Scientific memoirs by medical officers of the Army of India - Part XII,
Year: 1901
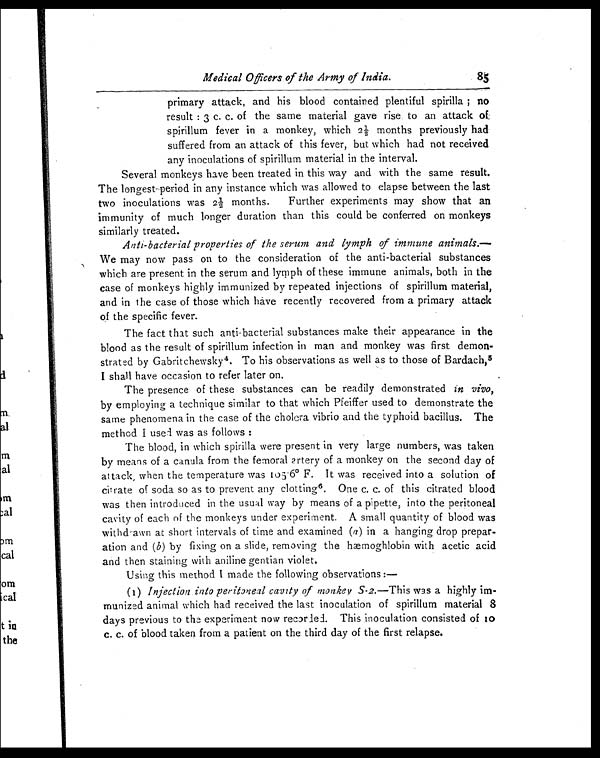
Medi cal Offi cers of the Army of Indi a. 8 5
primary attack, and his blood contained plentiful spirilla; no
result : 3 c. c. of the same material gave rise to an attack of
spirillum fever in a monkey, which 2½ months previously had
suffered from an attack of this fever, but which had not received
any inoculations of spirillum material in the interval.
Several monkeys have been treated in this way and with the same result.
The longest period in any instance which was allowed to elapse between the last
two inoculations was 2½ months. Further experiments may show that an
immunity of much longer duration than this could be conferred on monkeys
similarly treated.
Anti-bacterial properties of the serum and lymph of immune animals. —
We may now pass on to the consideration of the anti-bacterial substances
which are present in the serum and lymph of these immune animals, both in the
case of monkeys highly immunized by repeated injections of spirillum material,
and in the case of those which have recently recovered from a primary attack
of the specific fever.
The fact that such anti-bacterial substances make their appearance in the
blood as the result of spirillum infection in man and monkey was first demon-
strated by Gabritchewsky 4 . To his observations as well as to those of Bardach, 5
I shall have occasion to refer later on.
The presence of these substances can be readily demonstrated in vivo,
by employing a technique similar to that which Pfeiffer used to demonstrate the
same phenomena in the case of the cholera vibrio and the typhoid bacillus. The
method I used was as follows :
The blood, in which spirilla were present in very large numbers, was taken
by means of a canula from the femoral artery of a monkey on the second day of
attack, when the temperature was 105.6º F. It was received into a solution of
citrate of soda so as to prevent any clotting 6. One c. c. of this citrated blood
was then introduced in the usual way by means of a pipette, into the peritoneal
cavity of each of the monkeys under experiment. A small quantity of blood was
withdrawn at short intervals of time and examined ( a ) in a hanging drop prepar-
ation and ( b ) by fixing on a slide, removing the hæmoghlobin with acetic acid
and then staining with aniline gentian violet.
Using this method I made the following observations:—
(1) Injection into peritoneal cavity of monkey S-2. —This was a highly im-
munized animal which had received the last inoculation of spirillum material 8
days previous to the experiment now recorded. This inoculation consisted of 10
c. c. of blood taken from a patient on the third day of the first relapse.